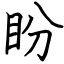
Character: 盼